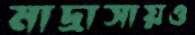
মাদ্রাসায়ও